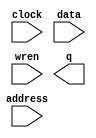
// megafunction wizard: %LPM_RAM_DQ%VBB%
// GENERATION: STANDARD
// VERSION: WM1.0
// MODULE: altsyncram 

// ============================================================
// Megafunction Name(s):
// 			altsyncram
//
// Simulation Library Files(s):
// 			altera_mf
// ============================================================
// ************************************************************
// THIS IS A WIZARD-GENERATED FILE. DO NOT EDIT THIS FILE!
//
// 7.1 Build 156 04/30/2007 SJ Web Edition
// ************************************************************

//Copyright (C) 1991-2007 Altera Corporation
//Your use of Altera Corporation's design tools, logic functions 
//and other software and tools, and its AMPP partner logic 
//functions, and any output files from any of the foregoing 
//(including device programming or simulation files), and any 
//associated documentation or information are expressly subject 
//to the terms and conditions of the Altera Program License 
//Subscription Agreement, Altera MegaCore Function License 
//Agreement, or other applicable license agreement, including, 
//without limitation, that your use is for the sole purpose of 
//programming logic devices manufactured by Altera and sold by 
//Altera or its authorized distributors.  Please refer to the 
//applicable agreement for further details.

module lpm_ram_dq0 (
	address,
	clock,
	data,
	wren,
	q);

	input	[7:0]  address;
	input	  clock;
	input	[2:0]  data;
	input	  wren;
	output	[2:0]  q;

endmodule

// ============================================================
// CNX file retrieval info
// ============================================================
// Retrieval info: PRIVATE: ADDRESSSTALL_A NUMERIC "0"
// Retrieval info: PRIVATE: AclrAddr NUMERIC "0"
// Retrieval info: PRIVATE: AclrByte NUMERIC "0"
// Retrieval info: PRIVATE: AclrData NUMERIC "0"
// Retrieval info: PRIVATE: AclrOutput NUMERIC "0"
// Retrieval info: PRIVATE: BYTE_ENABLE NUMERIC "0"
// Retrieval info: PRIVATE: BYTE_SIZE NUMERIC "8"
// Retrieval info: PRIVATE: BlankMemory NUMERIC "0"
// Retrieval info: PRIVATE: CLOCK_ENABLE_INPUT_A NUMERIC "0"
// Retrieval info: PRIVATE: CLOCK_ENABLE_OUTPUT_A NUMERIC "0"
// Retrieval info: PRIVATE: Clken NUMERIC "0"
// Retrieval info: PRIVATE: DataBusSeparated NUMERIC "1"
// Retrieval info: PRIVATE: IMPLEMENT_IN_LES NUMERIC "0"
// Retrieval info: PRIVATE: INIT_FILE_LAYOUT STRING "PORT_A"
// Retrieval info: PRIVATE: INIT_TO_SIM_X NUMERIC "0"
// Retrieval info: PRIVATE: INTENDED_DEVICE_FAMILY STRING "Cyclone II"
// Retrieval info: PRIVATE: JTAG_ENABLED NUMERIC "0"
// Retrieval info: PRIVATE: JTAG_ID STRING "NONE"
// Retrieval info: PRIVATE: MAXIMUM_DEPTH NUMERIC "0"
// Retrieval info: PRIVATE: MIFfilename STRING "sprite.mif"
// Retrieval info: PRIVATE: NUMWORDS_A NUMERIC "256"
// Retrieval info: PRIVATE: RAM_BLOCK_TYPE NUMERIC "2"
// Retrieval info: PRIVATE: READ_DURING_WRITE_MODE_PORT_A NUMERIC "3"
// Retrieval info: PRIVATE: RegAddr NUMERIC "1"
// Retrieval info: PRIVATE: RegData NUMERIC "1"
// Retrieval info: PRIVATE: RegOutput NUMERIC "1"
// Retrieval info: PRIVATE: SYNTH_WRAPPER_GEN_POSTFIX STRING "0"
// Retrieval info: PRIVATE: SingleClock NUMERIC "1"
// Retrieval info: PRIVATE: UseDQRAM NUMERIC "1"
// Retrieval info: PRIVATE: WRCONTROL_ACLR_A NUMERIC "0"
// Retrieval info: PRIVATE: WidthAddr NUMERIC "8"
// Retrieval info: PRIVATE: WidthData NUMERIC "3"
// Retrieval info: PRIVATE: rden NUMERIC "0"
// Retrieval info: CONSTANT: CLOCK_ENABLE_INPUT_A STRING "BYPASS"
// Retrieval info: CONSTANT: CLOCK_ENABLE_OUTPUT_A STRING "BYPASS"
// Retrieval info: CONSTANT: INIT_FILE STRING "sprite.mif"
// Retrieval info: CONSTANT: INTENDED_DEVICE_FAMILY STRING "Cyclone II"
// Retrieval info: CONSTANT: LPM_HINT STRING "ENABLE_RUNTIME_MOD=NO"
// Retrieval info: CONSTANT: LPM_TYPE STRING "altsyncram"
// Retrieval info: CONSTANT: NUMWORDS_A NUMERIC "256"
// Retrieval info: CONSTANT: OPERATION_MODE STRING "SINGLE_PORT"
// Retrieval info: CONSTANT: OUTDATA_ACLR_A STRING "NONE"
// Retrieval info: CONSTANT: OUTDATA_REG_A STRING "CLOCK0"
// Retrieval info: CONSTANT: POWER_UP_UNINITIALIZED STRING "FALSE"
// Retrieval info: CONSTANT: RAM_BLOCK_TYPE STRING "M4K"
// Retrieval info: CONSTANT: WIDTHAD_A NUMERIC "8"
// Retrieval info: CONSTANT: WIDTH_A NUMERIC "3"
// Retrieval info: CONSTANT: WIDTH_BYTEENA_A NUMERIC "1"
// Retrieval info: USED_PORT: address 0 0 8 0 INPUT NODEFVAL address[7..0]
// Retrieval info: USED_PORT: clock 0 0 0 0 INPUT NODEFVAL clock
// Retrieval info: USED_PORT: data 0 0 3 0 INPUT NODEFVAL data[2..0]
// Retrieval info: USED_PORT: q 0 0 3 0 OUTPUT NODEFVAL q[2..0]
// Retrieval info: USED_PORT: wren 0 0 0 0 INPUT NODEFVAL wren
// Retrieval info: CONNECT: @address_a 0 0 8 0 address 0 0 8 0
// Retrieval info: CONNECT: q 0 0 3 0 @q_a 0 0 3 0
// Retrieval info: CONNECT: @clock0 0 0 0 0 clock 0 0 0 0
// Retrieval info: CONNECT: @data_a 0 0 3 0 data 0 0 3 0
// Retrieval info: CONNECT: @wren_a 0 0 0 0 wren 0 0 0 0
// Retrieval info: LIBRARY: altera_mf altera_mf.altera_mf_components.all
// Retrieval info: GEN_FILE: TYPE_NORMAL lpm_ram_dq0.v TRUE
// Retrieval info: GEN_FILE: TYPE_NORMAL lpm_ram_dq0.inc FALSE
// Retrieval info: GEN_FILE: TYPE_NORMAL lpm_ram_dq0.cmp FALSE
// Retrieval info: GEN_FILE: TYPE_NORMAL lpm_ram_dq0.bsf TRUE FALSE
// Retrieval info: GEN_FILE: TYPE_NORMAL lpm_ram_dq0_inst.v FALSE
// Retrieval info: GEN_FILE: TYPE_NORMAL lpm_ram_dq0_bb.v TRUE
// Retrieval info: GEN_FILE: TYPE_NORMAL lpm_ram_dq0_waveforms.html TRUE
// Retrieval info: GEN_FILE: TYPE_NORMAL lpm_ram_dq0_wave*.jpg FALSE
// Retrieval info: LIB_FILE: altera_mf